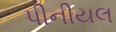
પીનીયલ